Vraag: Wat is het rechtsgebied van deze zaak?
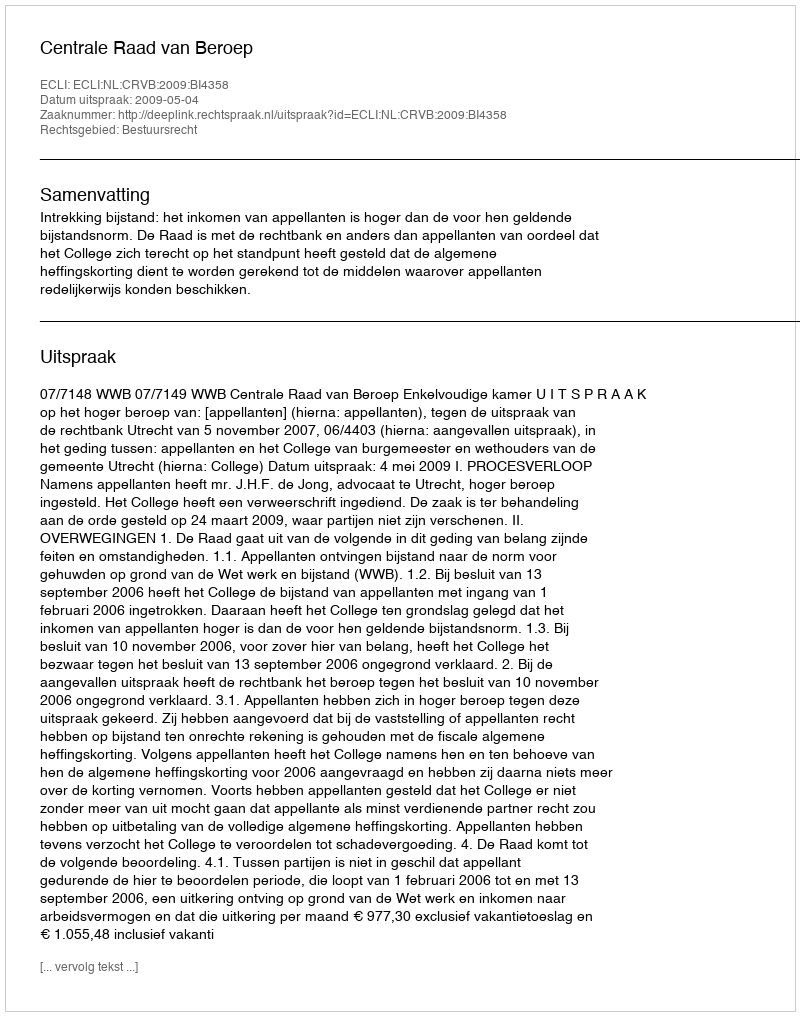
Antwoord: Bestuursrecht